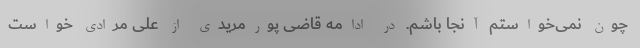
چون نمی‌خواستم آنجا باشم. در ادامه قاضی پورمریدی از علی مرادی خواست